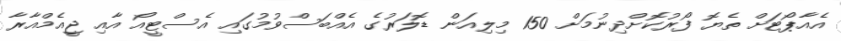
އެއާޕޯޓަށް ތެޔޮ ފޯރުކޮށްދިނުމަށް 150 މިލިއަން ޑޮލަރުގެ އެއްބަސްވުމުގައި އެސްޓީއޯ އާއި ޖީއެމްއާރާ